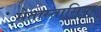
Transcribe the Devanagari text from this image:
मेतास्तासिया